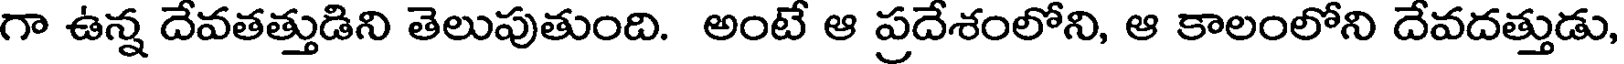
గా ఉన్న దేవతత్తుడిని తెలుపుతుంది. అంటే ఆ ప్రదేశంలోని, ఆ కాలంలోని దేవదత్తుడు,